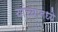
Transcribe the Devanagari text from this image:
यांच्यानध्ये